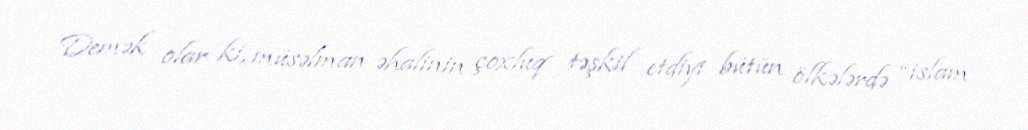
Demək olar ki, müsəlman əhalinin çoxluq təşkil etdiyi bütün ölkələrdə “islam